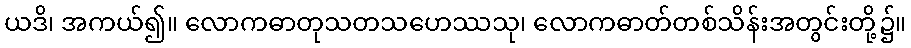
ယဒိ၊ အကယ်၍။ လောကဓာတုသတသဟေဿသု၊ လောကဓာတ်တစ်သိန်းအတွင်းတို့၌။